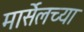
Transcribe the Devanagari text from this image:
मार्सेलच्या